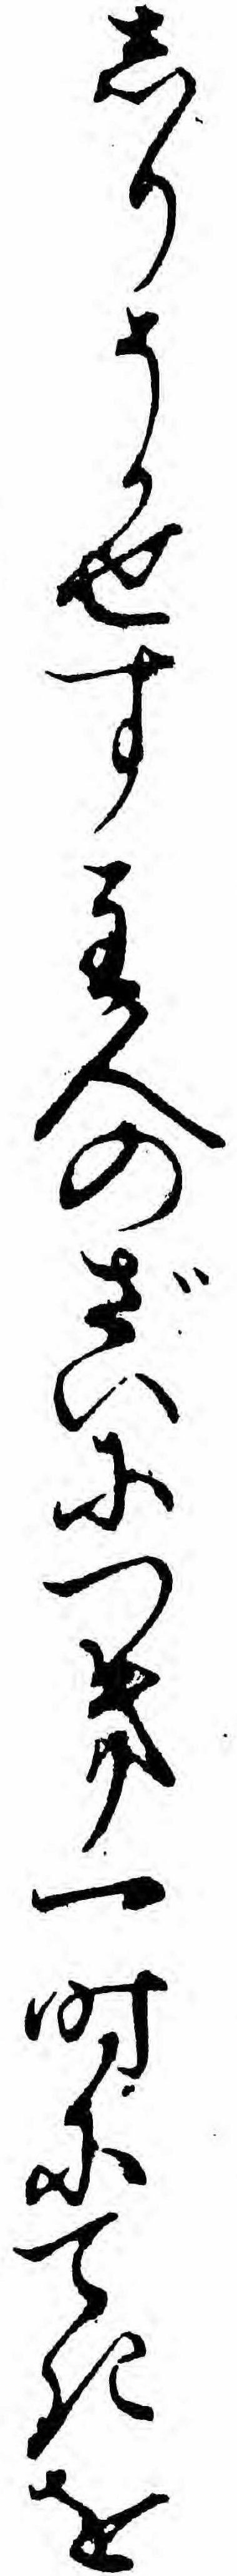
しりそかせす主人のざいにつき一時にてきを